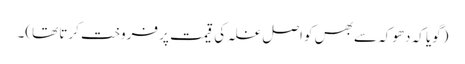
(گویا کہ دھوکہ سے بھس کو اصل غلہ کی قیمت پر فروخت کرتا تھا)۔